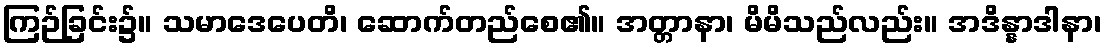
ကြဉ်ခြင်း၌။ သမာဒေပေတိ၊ ဆောက်တည်စေ၏။ အတ္တာနာ၊ မိမိသည်လည်း။ အဒိန္နာဒါနာ၊